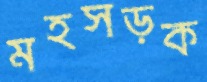
মহসড়ক